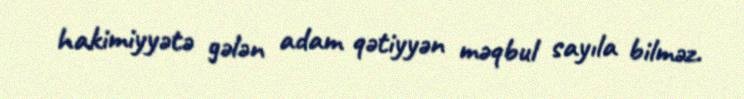
hakimiyyətə gələn adam qətiyyən məqbul sayıla bilməz.